Vaccination in Bombay 1913-1923 - 1913-1923
Year: 1913
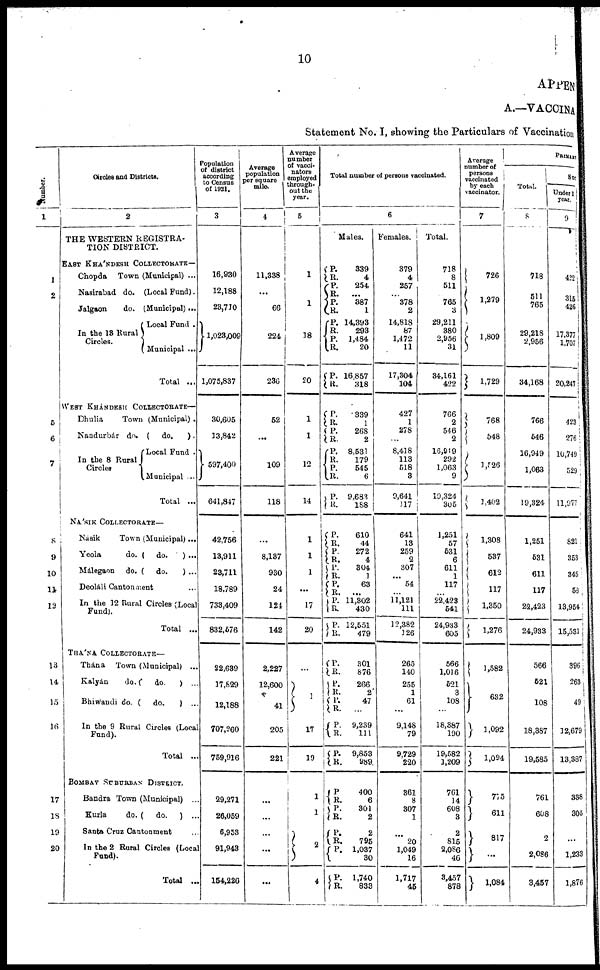
10
APPEN
A.—VACCINA
Statement No. I, showing the Particulars of Vaccination
Number.
1
1
2
5
6
7
8
9
10
11
12
13
14
15
16
17
18
19
20
Circles and Districts.
2
THE WESTERN REGISTRA-
TION DISTRICT.
EAST KHÁNDESH COLLECTORATE—
Chopda
Town (Municipal) ...
Nasirabad do. (Local Fund).
Jalgaon
do. (Municipal) ...
In the 13 Rural
Circles.
Local Fund .
Municipal ...
Total ...
WEST KHÁNDESH COLLECTORATE—
Dhulia
Town (Municipal) .
Nandurbár do. (
do.
).
In the 8 Rural
Circles
Local Fund .
Municipal
...
Total
...
NÁSIK COLLECTORATE—
Násik
Town (Municipal) ...
Yeola
do. (
do.
) ...
Málegaon
do. (
do.
) ...
Deoláli Cantonment ...
In the 12 Rural Circles (Local
Fund).
Total
...
THÁNA COLLECTORATE—
Thána
Town (Municipal) ...
Kalyán
do. (
do.
) ...
Bhiwandi do. (
do.
) ...
In the 9 Rural Circles (Local
Fund).
Total ...
BOMBAY SUBURBAN DISTRICT.
Bandra Town (Municipal)
...
Kurla
do. (
do.
) ...
Santa Cruz Cantonment ...
In the 2 Rural Circles (Local
Fund).
Total ...
Population
of district
according
to Census
of 1921.
3
16,930
12,188
23,710
1,023,009
1,075,837
30,605
13,842
597,400
641,847
42,756
13,911
23,711
18,789
733,409
832,576
22,639
17,829
12,188
707,260
759,916
29,271
26,059
6,953
91,943
154,226
Average
population
per square
mile.
4
11,338
...
66
224
236
52
...
109
118
...
8,137
930
24
124
142
2,227
12,600
41
205
221
...
...
...
...
...
Average
number
of vacci¬
nators
employed
through-
out the
year.
5
1
1
18
20
1
1
12
14
1
1
1
...
17
20
...
1
17
19
1
1
2
4
Total number of persons vaccinated.
6
Males.
P.
R.
P.
R.
P.
R. P. R.
P.
R.
P.
R.
339
4
254
...
387
1
14,393
293
1,484
20
16,857
318
P.
R. P.
R. P.
R. P.
R.
P.
R.
339
1
268
2
8,531
179
545
6
9,683
188
P.
R.
P.
R.
P.
R. P.
R. P.
R.
P.
R.
610
44
272
4
304
1
63
...
11,302
430
12,551
479
P.
R.
P.
R. P.
R.
P.
R.
P.
R.
301
876
266
2
47
...
9,239
111
9,853
989
P.
R.
P.
R.
P.
R.
P.
400
6
301
2
2
795
1,037
30
P.
R.
1,740
833
Females.
379
4
257
...
378
2
14,818
87
1,472
11
17,304
104
427
1
278
...
8,418
113
518
3
9,641
117
641
13
259
2
307
...
54
...
11,121
111
12,382
126
265
140
255
1
61
...
9,148
79
9,729
220
361
8
307
1
...
20
1,049
16
1,717
45
Total.
718
8
511
765
3
29,211
380
2,956
31
34,161
422
766
2
546
2
16,919
292
1,063
9
19,324
305
1,251
57
531
6
611
1
117
...
22,423
541
24,933
605
566
1,016
521
3
108
...
18,387
190
19,582
1,209
761
14
608
3
2
815
2,086
46
3,457
878
Average
number of
persons
vaccinated
by each
vaccinator.
7
726
1,279
1,809
1,729
768
548
1,526
1,402
1,308
537
612
117
1,350
1,276
1,582
632
1,092
1,094
775
611
817
...
1,084
PRI MARY
Total.
8
718
511
765
29,218
2,956
34,168
766
546
16,949
1,063
19,324
1,251
531
611
117
22,423
24,933
566
521
108
18,387
19,585
761
608
2
2,086
3,457
Suc
Under 1
year.
9
422
315
426
17,377
1,707
20,247
423
276
10,749
529
11,977
821
353
345
58
13,954
15,531
396
263
49
12,679
13,387
338
305
...
1,233
1,876